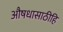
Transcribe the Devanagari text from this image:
औषधासाठीहि